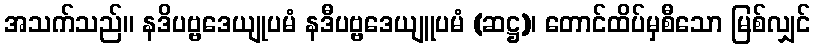
အသက်သည်။ နဒိပဗ္ဗဒေယျုပမံ နဒီပဗ္ဗဒေယျူပမံ (ဆဋ္ဌ)၊ တောင်ထိပ်မှစီသော မြစ်လျှင်